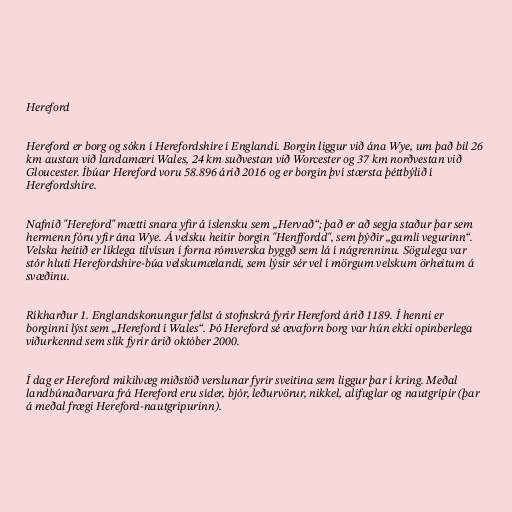
Hereford

Hereford er borg og sókn í Herefordshire í Englandi. Borgin liggur við ána Wye, um það bil 26
km austan við landamæri Wales, 24 km suðvestan við Worcester og 37 km norðvestan við
Gloucester. Íbúar Hereford voru 58.896 árið 2016 og er borgin því stærsta þéttbýlið í
Herefordshire.

Nafnið "Hereford" mætti snara yfir á íslensku sem „Hervað“; það er að segja staður þar sem
hermenn fóru yfir ána Wye. Á velsku heitir borgin "Henffordd", sem þýðir „gamli vegurinn“.
Velska heitið er líklega tilvísun í forna rómverska byggð sem lá í nágrenninu. Sögulega var
stór hluti Herefordshire-búa velskumælandi, sem lýsir sér vel í mörgum velskum örheitum á
svæðinu.

Ríkharður 1. Englandskonungur fellst á stofnskrá fyrir Hereford árið 1189. Í henni er
borginni lýst sem „Hereford í Wales“. Þó Hereford sé ævaforn borg var hún ekki opinberlega
viðurkennd sem slík fyrir árið október 2000.

Í dag er Hereford mikilvæg miðstöð verslunar fyrir sveitina sem liggur þar í kring. Meðal
landbúnaðarvara frá Hereford eru síder, bjór, leðurvörur, nikkel, alifuglar og nautgripir (þar
á meðal frægi Hereford-nautgripurinn).